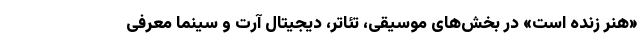
«هنر زنده است» در بخش‌های موسیقی، تئاتر، دیجیتال آرت و سینما معرفی